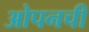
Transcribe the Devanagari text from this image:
ओपनची